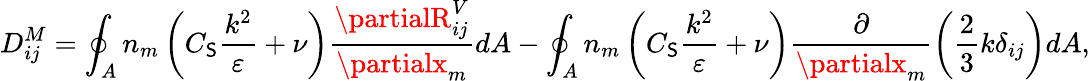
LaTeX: D_{ij}^{M}=\oint_{A}n_{m}\left(C_{\mathsf{S}}\frac{{k^{2}}}{{\varepsilon}}+\nu\right)\frac{{\partialR_{ij}^{V}}}{{\partialx_{m}}}dA-\oint_{A}n_{m}\left(C_{\mathsf{S}}\frac{{k^{2}}}{{\varepsilon}}+\nu\right)\frac{{\partial}}{{\partialx_{m}}}\left(\frac{{2}}{{3}}k\delta_{ij}\right)dA,